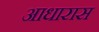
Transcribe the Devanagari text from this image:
आधारास